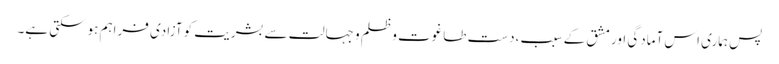
پس ہماری اس آمادگی اور مشق کے سبب ،دست طاغوت و ظلم و جہالت سے بشریت کو آزادی فراہم ہوسکتی ہے۔